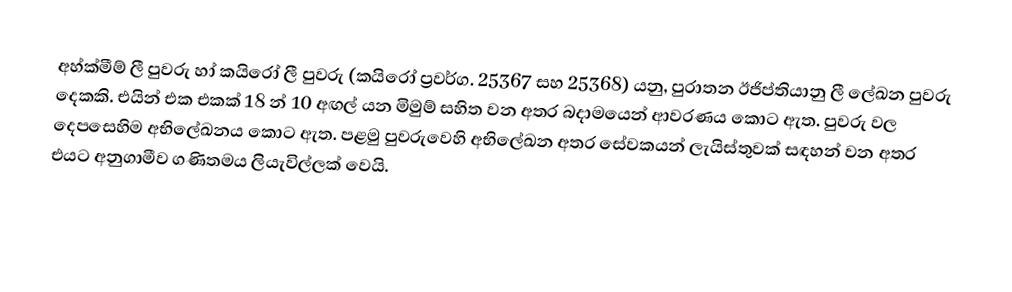
අහ්ක්මීම් ලී පුවරු හා් කයිරෝ ලී පුවරු (කයිරෝ ප්‍රවර්ග. 25367 සහ  25368) යනු,  පුරාතන ඊජිප්තියානු ලී ලේඛන පුවරු දෙකකි. එයින් එක එකක්  18 න් 10 අඟල් යන මිමුම් සහිත වන අතර බදාමයෙන් ආවරණය කොට ඇත. පුවරු වල දෙපසෙහිම අභිලේඛනය කොට ඇත. පළමු පුවරුවෙහි අභිලේඛන අතර සේවකයන් ලැයිස්තුවක් සඳහන් වන අතර එයට අනුගාමීව ගණිතමය ලියැවිල්ලක් වෙයි.